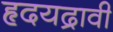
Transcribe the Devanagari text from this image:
हृदयद्रावी